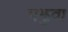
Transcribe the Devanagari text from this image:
मझुवा